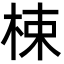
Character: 梀